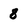
Character: 8